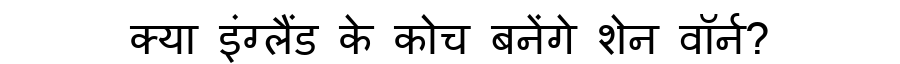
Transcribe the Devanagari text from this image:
क्या इंग्लैंड के कोच बनेंगे शेन वॉर्न?